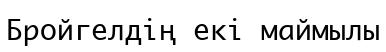
Бройгелдің екі маймылы